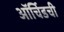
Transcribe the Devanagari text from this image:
ऑर्चिडची